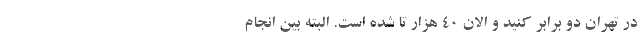
در تهران دو برابر کنید و الان ۴۰ هزار تا شده است. البته بین انجام